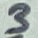
Text: 3